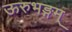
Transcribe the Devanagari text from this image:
ऊरुभङ्गम्